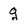
Character: g